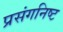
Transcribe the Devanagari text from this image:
प्रसंगनिष्ट